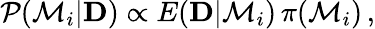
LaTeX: {\cal P}({\cal M}_{i}|{\mathbf D})\propto E({\mathbf D}|{\cal M}_{i})\, \pi({\cal M}_{i})\, ,